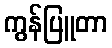
ကွန်ပြူတာ